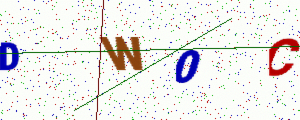
Text: DW0C